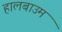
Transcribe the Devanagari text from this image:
हालबाउम